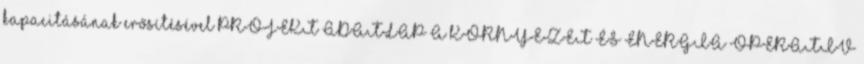
kapacitásának erősítésével PROJEKT ADATLAP A KÖRNYEZET ÉS ENERGIA OPERATÍV